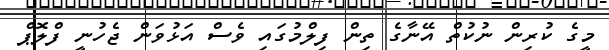
މީގެ ކުރިން ނުކުތް އޭނާގެ ތިން ފިލްމުގައި ވެސް އަޅުވަން ޖެހުނީ ފްލޮޕް